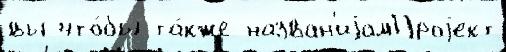
вы что́бы та́кже назван'иjамПроjект